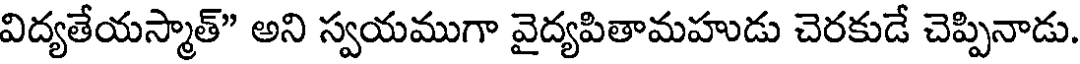
విద్యతేయస్మాత్" అని స్వయముగా వైద్యపితామహుడు చెరకుడే చెప్పినాడు.